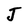
Character: J